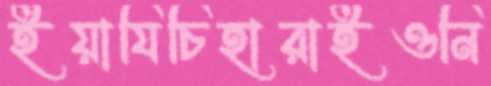
ইয়াযিচিহারাইওনি